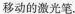
移动的激光笔。平面镜 平面镜乙1)实验前，应将纸板______放置在平面镜上；移动激光笔，使入射光束绕入射点O沿逆时针方向转动，可观察到反射光束沿时针方向转动。(2)移动激光笔，使人射角为45°，测得反射角也为45°，由此就得出”光反射时，反射角等于入射角”的结论，你认为有何不妥之处?(3)如图乙所示，将纸板右半部分绕ON向后翻转任意角度，发现纸板上均无反射光束呈现，此现象说明(4)在图甲中，若将纸板(连同激光笔)绕CD向后倾斜，此时反射光束____A.仍在纸板上呈现B.被纸板挡住C.在纸板前方